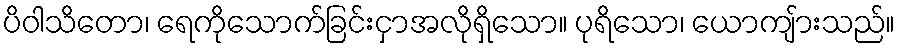
ပိဝါသိတော၊ ရေကိုသောက်ခြင်းငှာအလိုရှိသော။ ပုရိသော၊ ယောကျ်ားသည်။